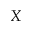
X